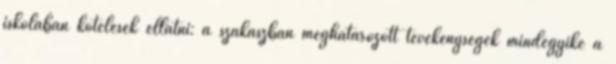
iskolában kötelesek ellátni: a szakaszban meghatározott tevékenységek mindegyike a